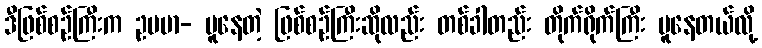
ဒီဖြစ်စဉ်ကြီးက ဥပမာ- ပူနေတဲ့ ဖြစ်စဉ်ကြီးဆိုလည်း တစ်ခါတည်း တိုက်ရိုက်ကြီး ပူနေတယ်လို့